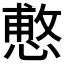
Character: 𭞑